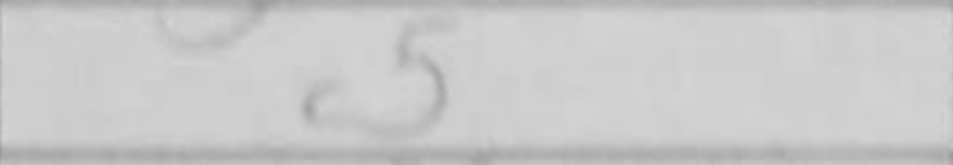
Transcription: c5